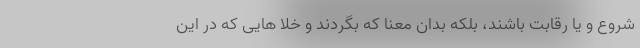
شروع و یا رقابت باشند، بلکه بدان معنا که بگردند و خلا هایی که در این